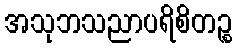
အသုဘသညာပရိစိတဉ္စ